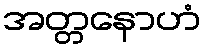
အတ္တနောဟံ